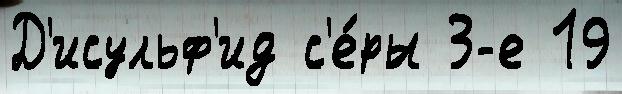
Д'исульф'ид с'е́ры 3-е 19